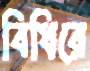
বিধিরে